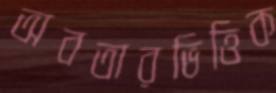
অবতারভিত্তিক